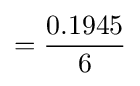
={0.1945 \over 6}